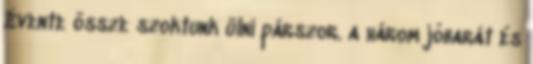
Évente össze szoktunk ülni párszor. a három jóbarát és